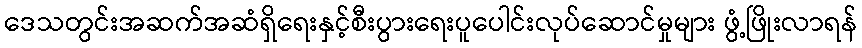
ဒေသတွင်းအဆက်အဆံရှိရေးနှင့်စီးပွားရေးပူပေါင်းလုပ်ဆောင်မှုများ ဖွံ့ဖြိုးလာရန်